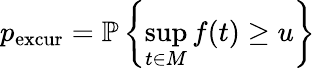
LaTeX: p_{\mathrm{excur}}=\mathbb{P}\left\{ \operatorname*{sup}_{t\in M}f(t)\geq u\right\}